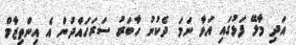
އަދި މާލޭ ފަޅުގައި އަޅާ ނަމަ ދެކުނު ހާބަރު ސަރަހައްދުން އެ އިންތިޒާމް